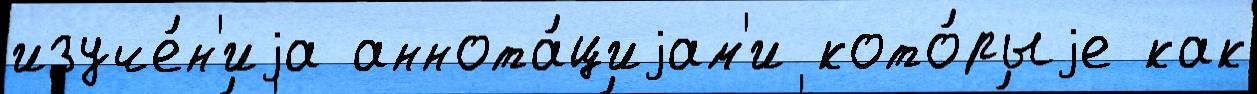
изуче́н'иjа аннота́циjам'и кото́рыjе как